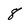
Character: 8